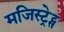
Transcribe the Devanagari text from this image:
मजिस्ट्रेट्स